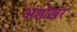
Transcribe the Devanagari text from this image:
अशोखर